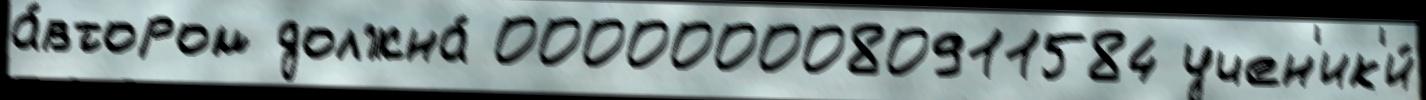
а́втором должна́ 0000000080911584 учен'ик'и́